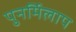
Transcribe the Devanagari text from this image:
पुनर्मिलाप